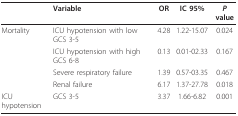
<table><thead><tr><td></td><td><b>Variable</b></td><td><b>OR</b></td><td><b>IC 95%</b></td><td><b><i>P </i>value</b></td></tr></thead><tbody><tr><td>Mortality</td><td>ICU hypotension with low GCS 3-5</td><td>4.28</td><td>1.22-15.07</td><td>0.024</td></tr><tr><td></td><td>ICU hypotension with high GCS 6-8</td><td>0.13</td><td>0.01-02.33</td><td>0.167</td></tr><tr><td></td><td>Severe respiratory failure</td><td>1.39</td><td>0.57-03.35</td><td>0.467</td></tr><tr><td></td><td>Renal failure</td><td>6.17</td><td>1.37-27.78</td><td>0.018</td></tr><tr><td>ICU hypotension</td><td>GCS 3-5</td><td>3.37</td><td>1.66-6.82</td><td>0.001</td></tr></tbody></table>